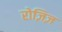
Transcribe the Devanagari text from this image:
रोज़िज़